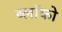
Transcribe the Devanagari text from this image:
ब्लॉको